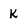
Character: k